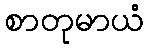
စာတုမာယံ